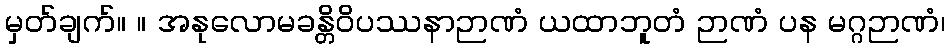
မှတ်ချက်။ ။ အနုလောမခန္တိဝိပဿနာဉာဏံ ယထာဘူတံ ဉာဏံ ပန မဂ္ဂဉာဏံ၊